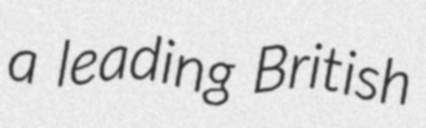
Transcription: a leading British